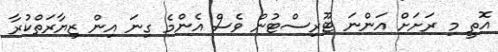
އޮތީ މި ރަށަށް އަންނަ ޓޫރިސްޓުން ވެސް އެންމެ ގިނަ އިން ޒިޔާރަތްކުރާ